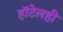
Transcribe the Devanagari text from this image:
हॉटेलही